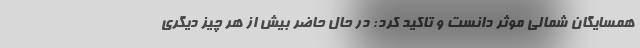
همسایگان شمالی موثر دانست و تاکید کرد: در حال حاضر بیش از هر چیز دیگری